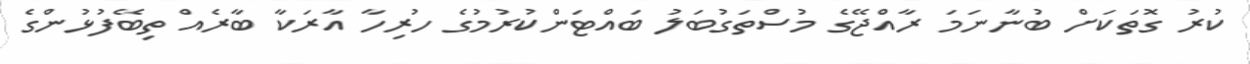
ކުރު ގޮތަކަށް ބުނާނަމަ ރާއްޖޭގެ މުސްތަގުބަލު ބައްޓަންކުރުމުގެ ހުރިހާ އާރަކާ ބާރެއް ތިބޭފުޅުންގެ